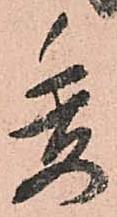
委